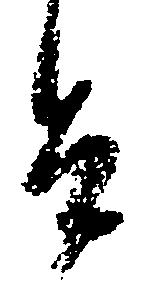
恐